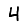
Digit: 4